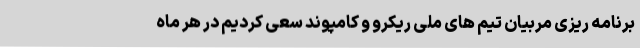
برنامه ریزی مربیان تیم های ملی ریکرو و کامپوند سعی کردیم در هر ماه